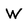
Character: W